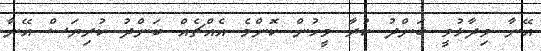
އޭނާ ވިދާޅުވީ ބަންދު ކުރާ މީހުން ކޮންމެ އެއްޗެއް ބަންދު ކުރިޔަސް އޭނާ